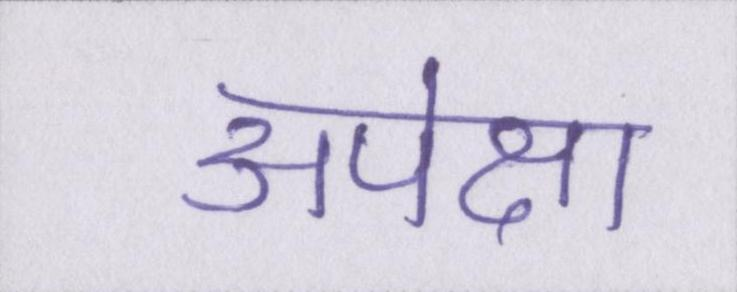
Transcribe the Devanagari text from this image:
अपेक्षा